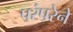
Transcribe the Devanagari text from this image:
परंंपरेने